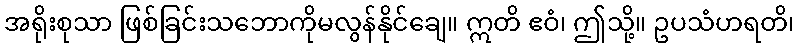
အရိုးစုသာ ဖြစ်ခြင်းသဘောကိုမလွန်နိုင်ချေ။ ဣတိ ဧဝံ၊ ဤသို့။ ဥပသံဟရတိ၊